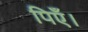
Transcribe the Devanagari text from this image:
पिएँ।